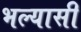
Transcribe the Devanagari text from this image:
भल्यासी